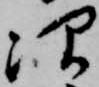
次